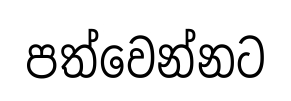
පත්වෙන්නට